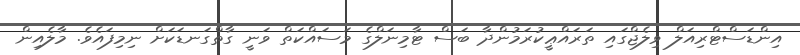
އިންޑަސްޓްރިއަލް ވިލެޖްގައި ތަރައްޢީކުރަމުންދާ ބަސް ޓާމިނަލްގެ މަސައްކަތް ވަނީ ގާތްގަނޑަކަށް ނިމިފައެވެ. މާލެއިން